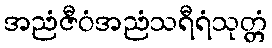
အညံဇီဝံအညံသရီရံသုတ္တံ